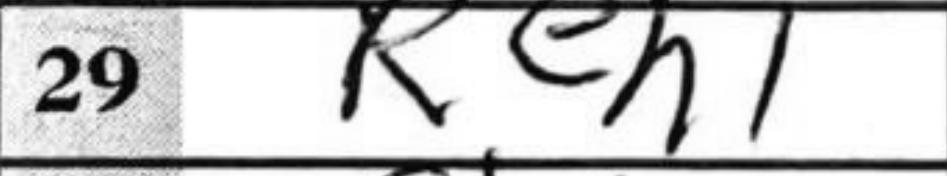
Transcription: Reh1